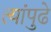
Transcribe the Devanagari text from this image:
त्यांपुढे